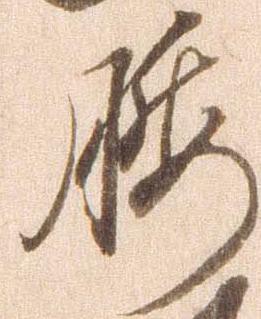
腰